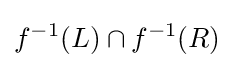
f^{-1}(L)\cap f^{-1}(R)